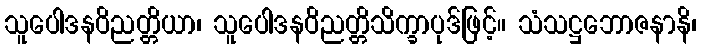
သူပေါဒနဝိညတ္တိယာ၊ သူပေါဒနဝိညတ္တိသိက္ခာပုဒ်ဖြင့်။ သံသဋ္ဌဘောဇနာနိ၊